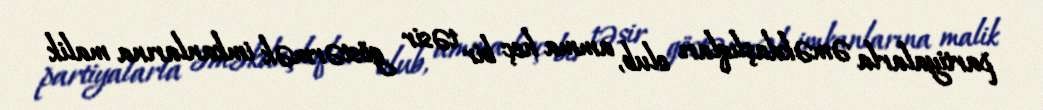
partiyalarla əməkdaşlıqları olub, amma heç bir təsir göstərmək imkanlarına malik